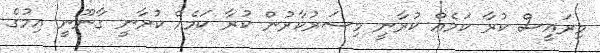
މިރައީސް ކުރާ ކަމެއް ކުރާނީ މިސަރުކާރުން ކުރާ ކަމެއް ކުރާނީ ގާނޫނީ އިމުގެ